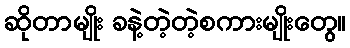
ဆိုတာမျိုး ခနဲ့တဲ့တဲ့စကားမျိုးတွေ။